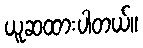
ယူဆထားပါတယ်။